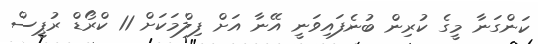
ކަންގަނާ މީގެ ކުރިން ބުނެފައިވަނީ އޭނާ އަށް ފިލްމަކަށް 11 ކްރޯޑް ރުޕީސް